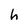
Character: h